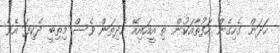
ހަދަން ގެހިގެން ހަފުތާއަކުން ތި އީއައިއޭ ހެދިތަން ވެސް މިތިބީ ދެކިފަ އެވެ